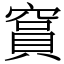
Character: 䆬